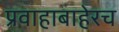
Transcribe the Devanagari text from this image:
प्रवाहाबाहेरच